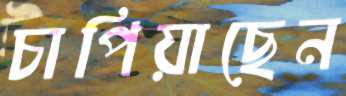
চাপিয়াছেন